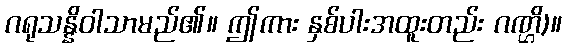
ဂရုသန္နိဝါသာမည်၏။ ဤကား နှစ်ပါးအထူးတည်း ဂဏ္ဌိ)။